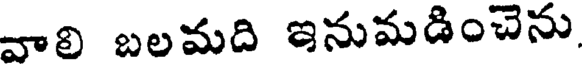
వాలి బలమది ఇనుమడించెను,